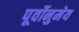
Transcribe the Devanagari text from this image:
पूर्वोनुमेय